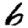
Digit: 6